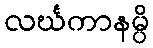
လင်္ဃကာနမ္ပိ